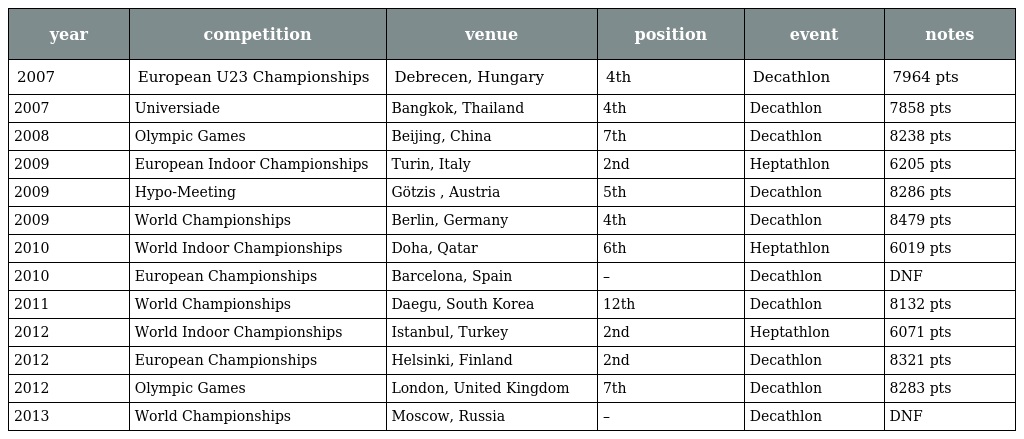
| year | competition | venue | position | event | notes |
 | --- | --- | --- | --- | --- | --- |
 | 2007 | European U23 Championships | Debrecen, Hungary | 4th | Decathlon | 7964 pts |
 | 2007 | Universiade | Bangkok, Thailand | 4th | Decathlon | 7858 pts |
 | 2008 | Olympic Games | Beijing, China | 7th | Decathlon | 8238 pts |
 | 2009 | European Indoor Championships | Turin, Italy | 2nd | Heptathlon | 6205 pts |
 | 2009 | Hypo-Meeting | Götzis , Austria | 5th | Decathlon | 8286 pts |
 | 2009 | World Championships | Berlin, Germany | 4th | Decathlon | 8479 pts |
 | 2010 | World Indoor Championships | Doha, Qatar | 6th | Heptathlon | 6019 pts |
 | 2010 | European Championships | Barcelona, Spain | – | Decathlon | DNF |
 | 2011 | World Championships | Daegu, South Korea | 12th | Decathlon | 8132 pts |
 | 2012 | World Indoor Championships | Istanbul, Turkey | 2nd | Heptathlon | 6071 pts |
 | 2012 | European Championships | Helsinki, Finland | 2nd | Decathlon | 8321 pts |
 | 2012 | Olympic Games | London, United Kingdom | 7th | Decathlon | 8283 pts |
 | 2013 | World Championships | Moscow, Russia | – | Decathlon | DNF |